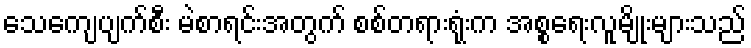
သေကျေပျက်စီး မဲစာရင်းအတွက် စစ်တရားရုံးက အစ္စရေးလူမျိုးများသည်